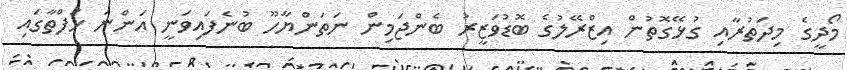
މޯދީގެ މިދަތުރާއި ގުޅޭގޮތުން އިޒްރޭލުގެ ބޮޑުވަޒީރު ބެންޖަމިން ނަތަންޔާހޫ ބުނެފައިވަނީ އަންނަ ހަފްތާގައި